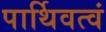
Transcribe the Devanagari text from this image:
पार्थिवत्वं